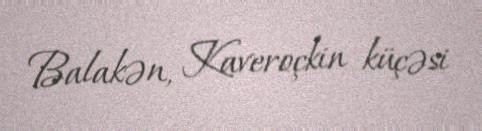
Balakən, Kaveroçkin küçəsi